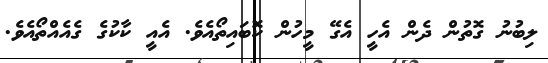
ލިބުނު ގޮތުން ދެން އެހީ އެގޭ މީހުން ކޮބައިތޯއެވެ. އެއީ ކާކުގެ ގެއެއްތޯއެވެ.